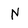
Character: N